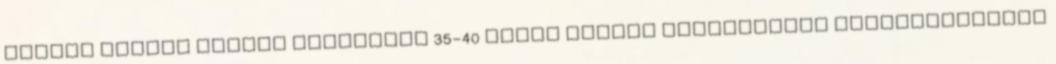
utóbbi időben évente átlagosan 35-40 ilyen esetet jelentettek Magyarországon